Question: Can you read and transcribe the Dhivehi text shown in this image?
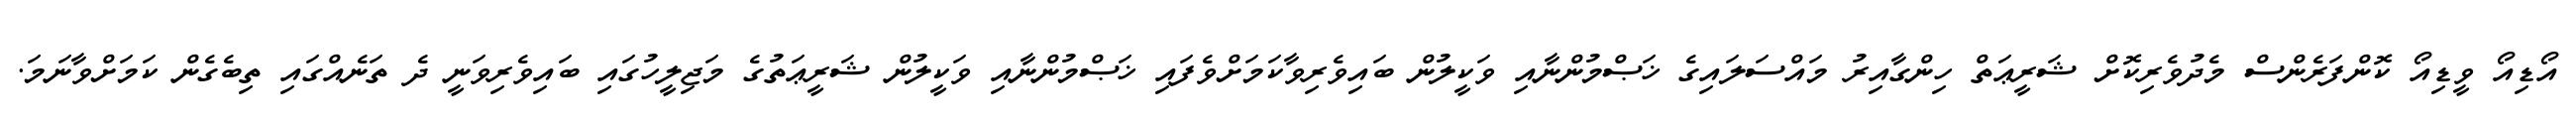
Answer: އޯޑިއޯ ވީޑިއޯ ކޮންފަރެންސް މެދުވެރިކޮށް ޝަރީޢަތް ހިންގާއިރު މައްސަލައިގެ ޚަޞްމުންނާއި ވަކީލުން ބައިވެރިވާކަމަށްވެފައި ޚަޞްމުންނާއި ވަކީލުން ޝަރީޢަތުގެ މަޖިލީހުގައި ބައިވެރިވަނީ ދެ ތަނެއްގައި ތިބެގެން ކަމަށްވާނަމަ.